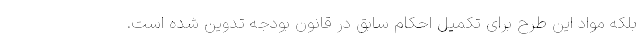
بلکه مواد این طرح برای تکمیل احکام سابق در قانون بودجه تدوین شده است.